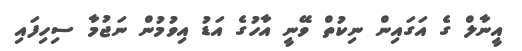
އީނާލް ގެ އަގައިން ނިކުތް ވޭނީ އާހުގެ އަޑު އިވުމުން ނަޖުމާ ސިހިފައި